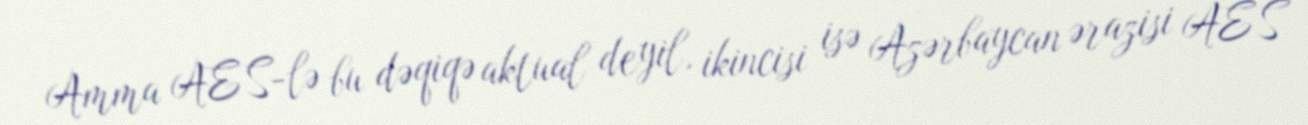
Amma AES-lə bu dəqiqə aktual deyil, ikincisi isə Azərbaycan ərazisi AES